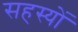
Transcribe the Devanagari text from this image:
सहस्यों